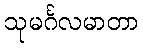
သုမင်္ဂလမာတာ